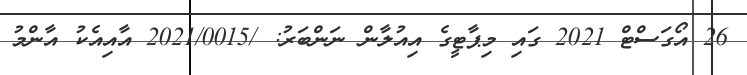
26 އޯގަސްޓް 2021 ގައި މިޕާޓީގެ އިއުލާން ނަންބަރު: /2021/0015 އާއިއެކު އާންމު